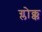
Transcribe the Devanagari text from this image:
ग्लोक्क